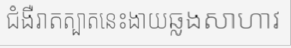
ជំងឺរាតត្បាតនេះងាយឆ្លងសាហាវ